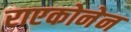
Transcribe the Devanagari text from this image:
राएकोनेन